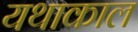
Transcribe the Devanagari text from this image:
यथाकाल